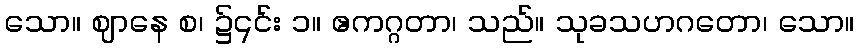
သော။ ဈာနေ စ၊ ၌၎င်း ၁။ ဧကဂ္ဂတာ၊ သည်။ သုခသဟဂတော၊ သော။